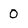
Character: 0